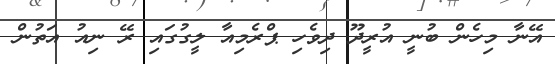
އޭނާ މިހެން ބުނީ އުރީދޫ ދިވެހި ޕްރެމިއާ ލީގުގައި ރޭ ނިއު އަތުން